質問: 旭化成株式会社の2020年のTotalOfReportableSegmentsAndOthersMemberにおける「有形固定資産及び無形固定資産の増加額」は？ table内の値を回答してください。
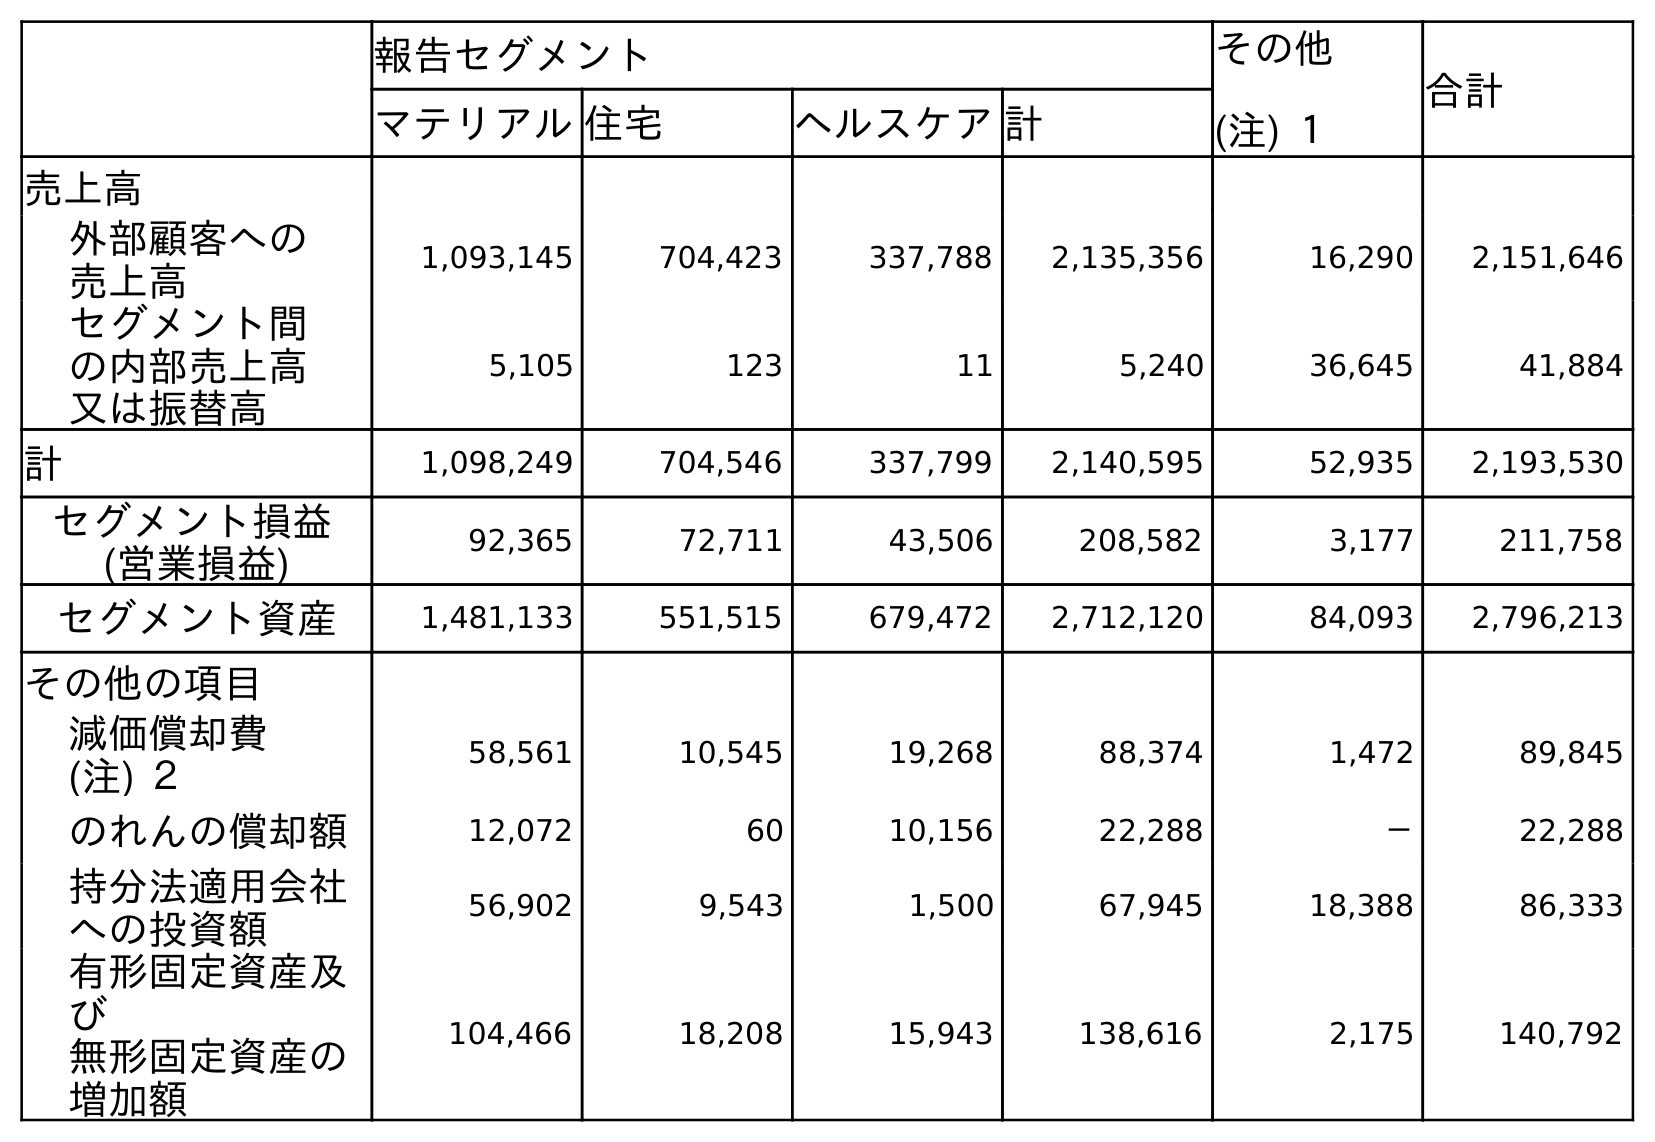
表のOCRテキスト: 報告セグメント その他 (注) １ 合計 マテリアル住宅 ヘルスケア計 売上高 外部顧客への 売上高 1,093,145 704,423 337,788 2,135,356 16,290 2,151,646 セグメント間 の内部売上高 又は振替高 5,105 123 11 5,240 36,645 41,884 計 1,098,249 704,546 337,799 2,140,595 52,935 2,193,530 セグメント損益 (営業損益) 92,365 72,711 43,506 208,582 3,177 211,758 セグメント資産 1,481,133 551,515 679,472 2,712,120 84,093 2,796,213 その他の項目 減価償却費 (注) ２ 58,561 10,545 19,268 88,374 1,472 89,845 のれんの償却額 12,072 60 10,156 22,288 － 22,288 持分法適用会社 への投資額 56,902 9,543 1,500 67,945 18,388 86,333 有形固定資産及 び 無形固定資産の 増加額 104,466 18,208 15,943 138,616 2,175 140,792
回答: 140,792